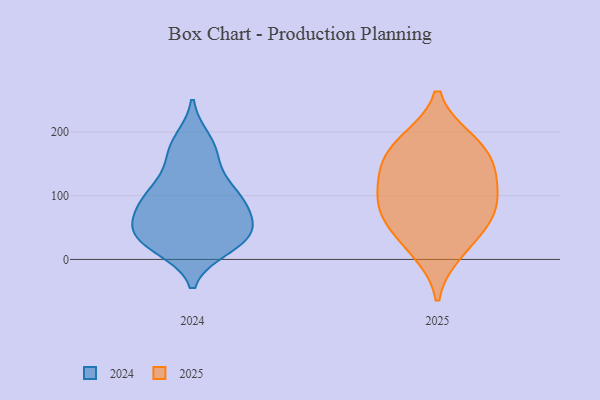
{"axis": {"x": "Energy Usage (MWh)", "y": "Value"}, "legend": ["2024", "2025"], "data": [{"x": "", "y": 12, "type": "2025"}, {"x": "", "y": 83, "type": "2025"}, {"x": "", "y": 69, "type": "2025"}, {"x": "", "y": 146, "type": "2025"}, {"x": "", "y": 120, "type": "2025"}, {"x": "", "y": 144, "type": "2025"}, {"x": "", "y": 87, "type": "2025"}, {"x": "", "y": 182, "type": "2025"}, {"x": "", "y": 42, "type": "2025"}, {"x": "", "y": 187, "type": "2025"}, {"x": "", "y": 165, "type": "2024"}, {"x": "", "y": 54, "type": "2024"}, {"x": "", "y": 185, "type": "2024"}, {"x": "", "y": 31, "type": "2024"}, {"x": "", "y": 20, "type": "2024"}, {"x": "", "y": 170, "type": "2024"}, {"x": "", "y": 76, "type": "2024"}, {"x": "", "y": 115, "type": "2024"}, {"x": "", "y": 45, "type": "2024"}, {"x": "", "y": 32, "type": "2024"}, {"x": "", "y": 81, "type": "2024"}, {"x": "", "y": 106, "type": "2024"}, {"x": "", "y": 35, "type": "2024"}, {"x": "", "y": 96, "type": "2024"}, {"x": "", "y": 36, "type": "2024"}, {"x": "", "y": 98, "type": "2024"}]}